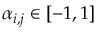
\alpha _ { i , j } \in [ - 1 , 1 ]